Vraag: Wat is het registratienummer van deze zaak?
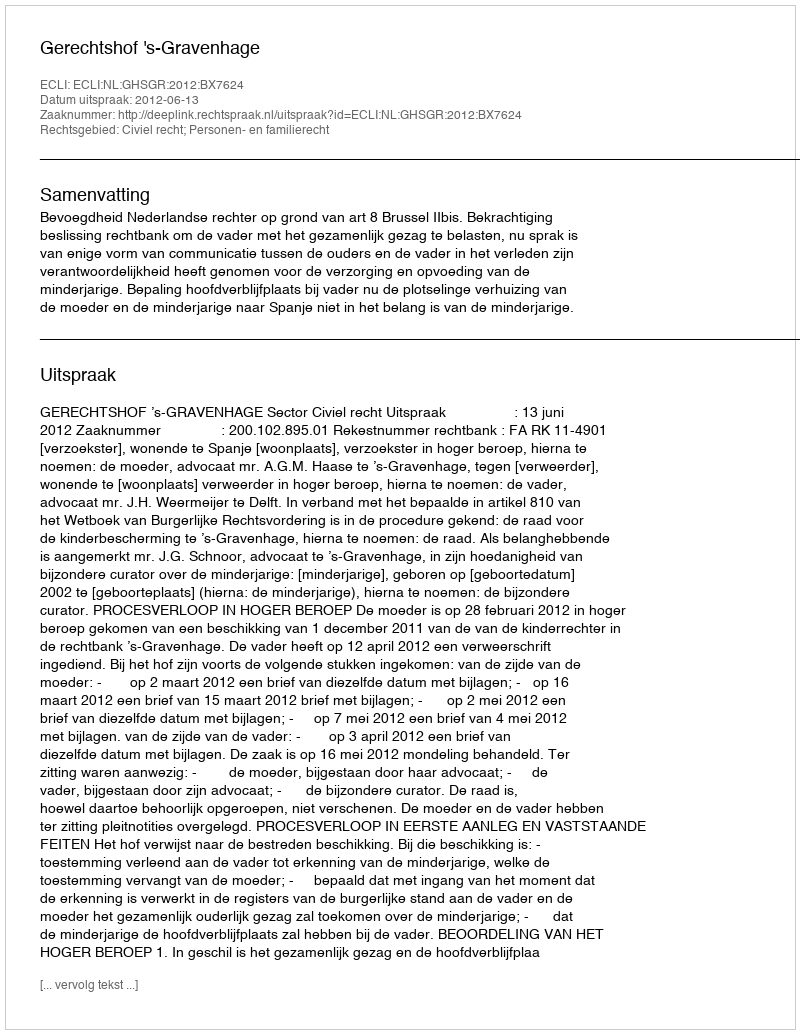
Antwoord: http://deeplink.rechtspraak.nl/uitspraak?id=ECLI:NL:GHSGR:2012:BX7624